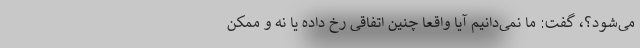
می‌شود؟، گفت: ما نمی‌دانیم آیا واقعا چنین اتفاقی رخ داده یا نه و ممکن